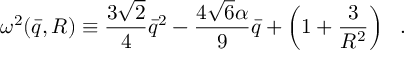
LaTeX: \omega ^ { 2 } ( { \bar { q } } , R ) \equiv { \frac { 3 \sqrt { 2 } } { 4 } } { \bar { q } } ^ { 2 } - { \frac { 4 \sqrt { 6 } \alpha } { 9 } } { \bar { q } } + \left( 1 + { \frac { 3 } { R ^ { 2 } } } \right) ~ ~ .